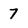
Character: 7